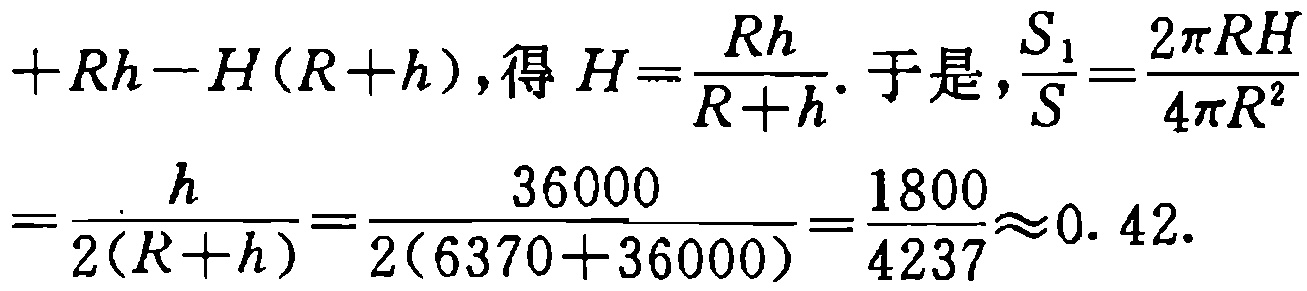
\[

+Rh - H(R + h), 得 H = \frac{Rh}{R + h}. 于是, \frac{S_1}{S} = \frac{2\pi RH}{4\pi R^2} = \frac{h}{2(R + h)} = \frac{36000}{2(6370 + 36000)} = \frac{1800}{4237} \approx 0.42.

\]